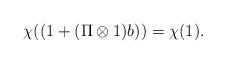
LaTeX: \begin{align*}\chi ((1 + (\Pi \otimes 1)b)) = \chi (1). \end{align*}